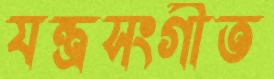
যন্ত্রসংগীত